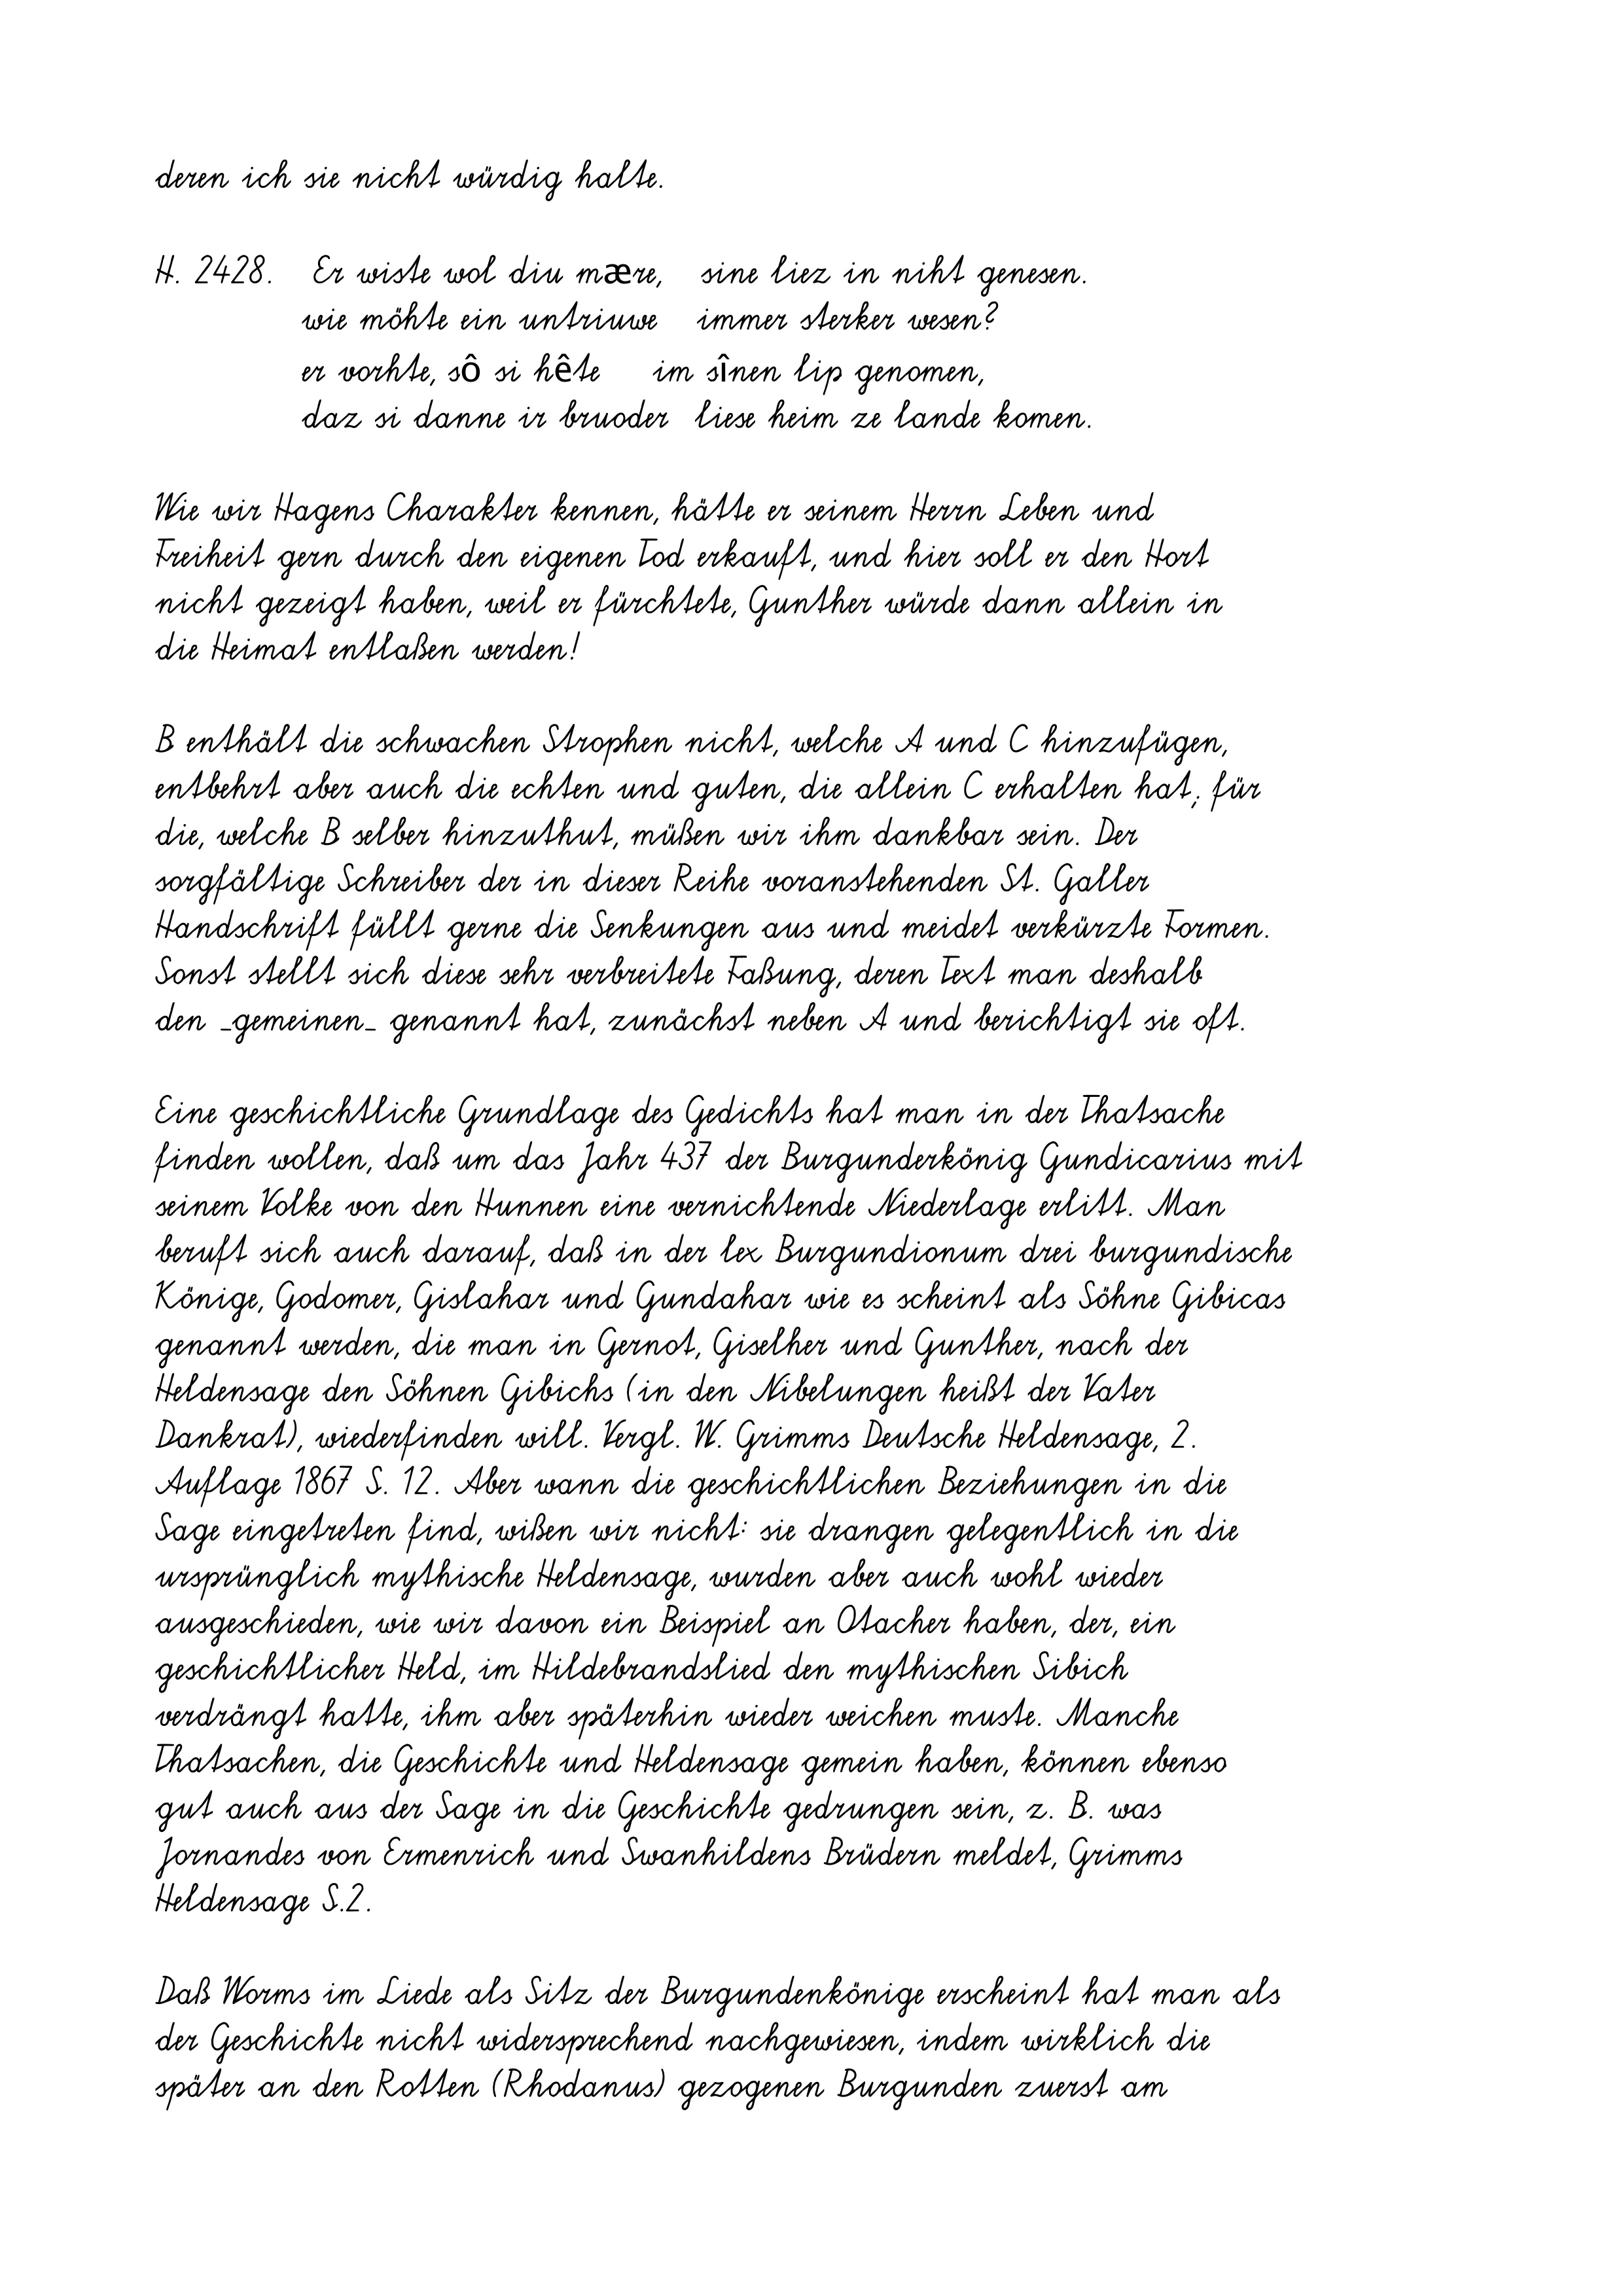
deren ich sie nicht würdig halte.
H. 2428.   Er wiste wol diu mære,   sine liez in niht genesen.
wie möhte ein untriuwe   immer sterker wesen?
er vorhte, sô si hête    im sînen lip genomen,
daz si danne ir bruoder  liese heim ze lande komen.
Wie wir Hagens Charakter kennen, hätte er seinem Herrn Leben und
Freiheit gern durch den eigenen Tod erkauft, und hier soll er den Hort
nicht gezeigt haben, weil er fürchtete, Gunther würde dann allein in
die Heimat entlaßen werden!
B enthält die schwachen Strophen nicht, welche A und C hinzufügen,
entbehrt aber auch die echten und guten, die allein C erhalten hat; für
die, welche B selber hinzuthut, müßen wir ihm dankbar sein. Der
sorgfältige Schreiber der in dieser Reihe voranstehenden St. Galler
Handschrift füllt gerne die Senkungen aus und meidet verkürzte Formen.
Sonst stellt sich diese sehr verbreitete Faßung, deren Text man deshalb
den _gemeinen_ genannt hat, zunächst neben A und berichtigt sie oft.
Eine geschichtliche Grundlage des Gedichts hat man in der Thatsache
finden wollen, daß um das Jahr 437 der Burgunderkönig Gundicarius mit
seinem Volke von den Hunnen eine vernichtende Niederlage erlitt. Man
beruft sich auch darauf, daß in der lex Burgundionum drei burgundische
Könige, Godomer, Gislahar und Gundahar wie es scheint als Söhne Gibicas
genannt werden, die man in Gernot, Giselher und Gunther, nach der
Heldensage den Söhnen Gibichs (in den Nibelungen heißt der Vater
Dankrat), wiederfinden will. Vergl. W. Grimms Deutsche Heldensage, 2.
Auflage 1867 S. 12. Aber wann die geschichtlichen Beziehungen in die
Sage eingetreten find, wißen wir nicht: sie drangen gelegentlich in die
ursprünglich mythische Heldensage, wurden aber auch wohl wieder
ausgeschieden, wie wir davon ein Beispiel an Otacher haben, der, ein
geschichtlicher Held, im Hildebrandslied den mythischen Sibich
verdrängt hatte, ihm aber späterhin wieder weichen muste. Manche
Thatsachen, die Geschichte und Heldensage gemein haben, können ebenso
gut auch aus der Sage in die Geschichte gedrungen sein, z. B. was
Jornandes von Ermenrich und Swanhildens Brüdern meldet, Grimms
Heldensage S.2.
Daß Worms im Liede als Sitz der Burgundenkönige erscheint hat man als
der Geschichte nicht widersprechend nachgewiesen, indem wirklich die
später an den Rotten (Rhodanus) gezogenen Burgunden zuerst am